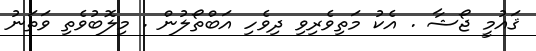
ޤައުމީ ޖޯޝާ . އެކު މަތިވެރިވި ދިވެހި އަބްތޯލުން . މިލޮބުވެތި ވަތަނު